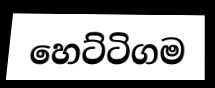
හෙට්ටිගම